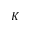
K